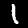
Label: 1